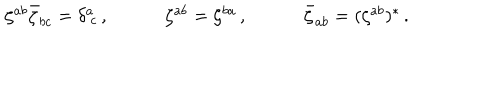
\begin{array} { c c c } { { \zeta ^ { a b } \bar { \zeta } _ { b c } = \delta _ { ~ c } ^ { a } \, , ~ } } & { { ~ \zeta ^ { a b } = \zeta ^ { b a } \, , ~ } } & { { ~ \bar { \zeta } _ { a b } = ( \zeta ^ { a b } ) ^ { \ast } \, . } } \\ \end{array}